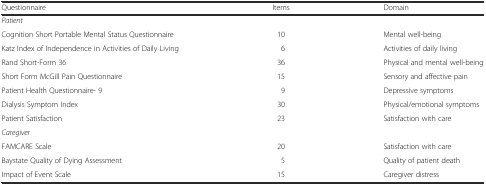
| Questionnaire | Items | Domain |
 | --- | --- | --- |
 | Patient |  |  |
 | Cognition Short Portable Mental Status Questionnaire | 10 | Mental well-being |
 | Katz Index of Independence in Activities of Daily Living | 6 | Activities of daily living |
 | Rand Short-Form 36 | 36 | Physical and mental well-being |
 | Short Form McGill Pain Questionnaire | 15 | Sensory and affective pain |
 | Patient Health Questionnaire- 9 | 9 | Depressive symptoms |
 | Dialysis Symptom Index | 30 | Physical/emotional symptoms |
 | Patient Satisfaction | 23 | Satisfaction with care |
 | Caregiver |  |  |
 | FAMCARE Scale | 20 | Satisfaction with care |
 | Baystate Quality of Dying Assessment | 5 | Quality of patient death |
 | Impact of Event Scale | 15 | Caregiver distress |